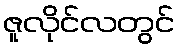
ဇူလိုင်လတွင်